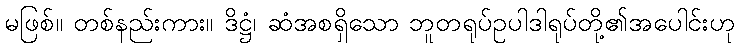
မဖြစ်။ တစ်နည်းကား။ ဒိဋ္ဌံ၊ ဆံအစရှိသော ဘူတရုပ်ဥပါဒါရုပ်တို့၏အပေါင်းဟု